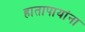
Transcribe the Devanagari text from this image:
हातापायांना